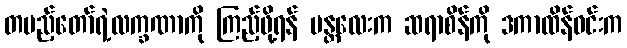
တပည့်တော်ရဲ့လက္ခဏာကို ကြည့်ဖို့ရန် မန္တလေးက ဆရာစိန်ကို ဒကာထိန်ဝင်းက